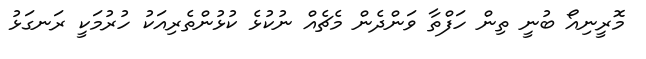
މޮރީނިއޯ ބުނީ ތިން ހަފްތާ ވަންދެން މެޗެއް ނުކުޅެ ކުޅުންތެރިއަކު ހުރުމަކީ ރަނގަޅު